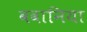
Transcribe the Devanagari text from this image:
ववानिया